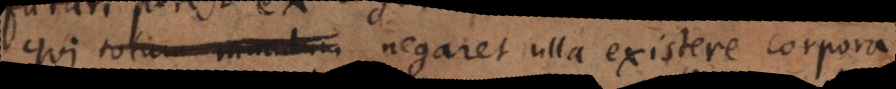
qui totum mundum negaret ulla existere corpora